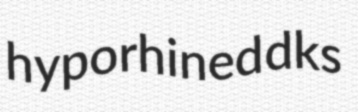
hyporhined dks